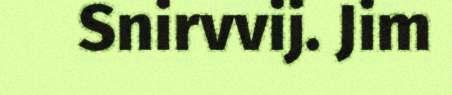
Snirvvij. Jim